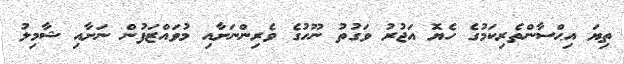
ތިޔަ އިޙްސާންތެރިކަމުގެ ހެޔޮ އަޖުރު ވަގުތު ނޫހުގެ ވެރިންނަށާއި މުވައްޒަފުން ނަށާއި ޝާމިލު